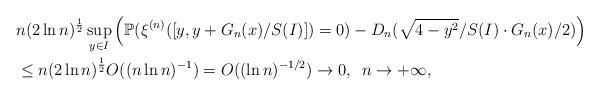
LaTeX: \begin{align*}&n(2\ln n)^{\frac{1}{2}}\sup_{y\in I}\Big(\mathbb{P}(\xi^{(n)}([y,y+G_n(x)/S(I)])=0)-D_n(\sqrt{4-y^2}/S(I) \cdot G_n(x)/2)\Big)\\ &\leq n(2\ln n)^{\frac{1}{2}} O((n\ln n)^{-1})=O((\ln n)^{-1/2})\to 0,\,\,\,n\to+\infty,\end{align*}